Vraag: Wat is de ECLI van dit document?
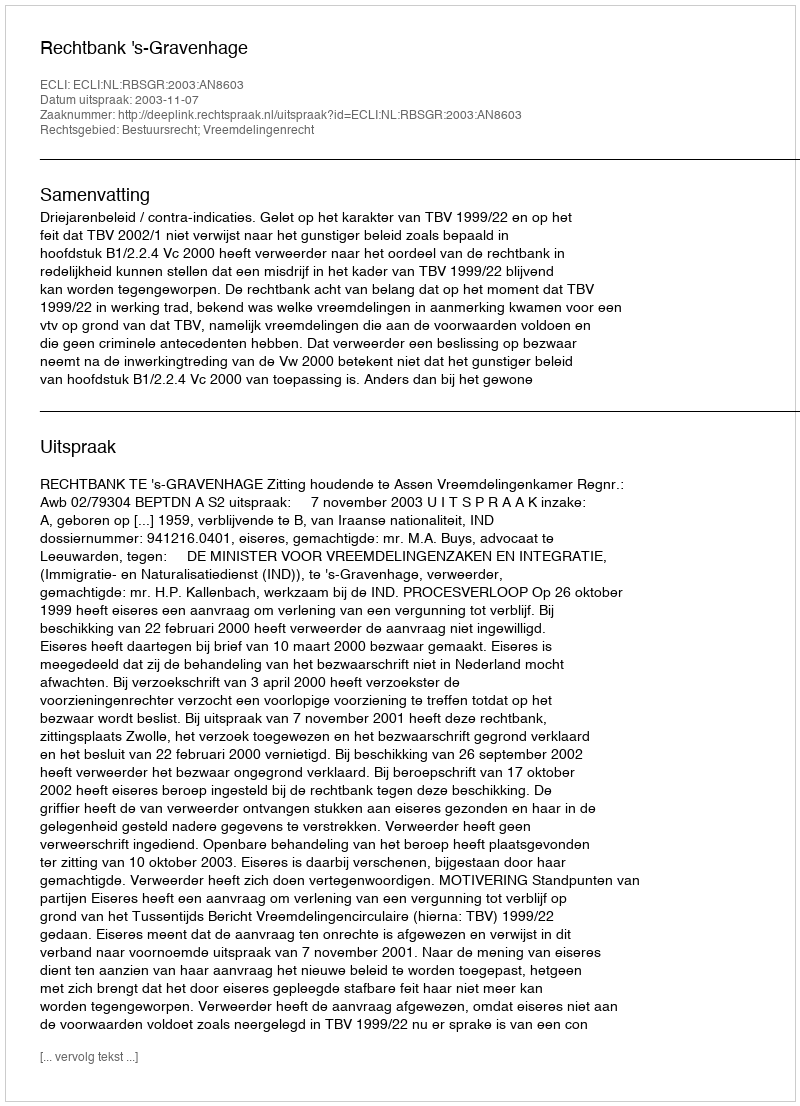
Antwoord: ECLI:NL:RBSGR:2003:AN8603